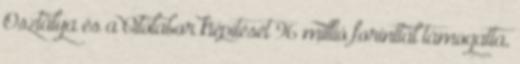
Osztálya és a Citolabor kiépítését 96 millió forinttal támogatta,